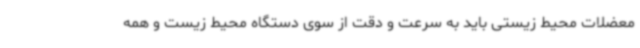
معضلات محیط زیستی باید به سرعت و دقت از سوی دستگاه محیط‌ زیست و همه